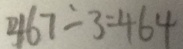
4 6 7 - 3 = 4 6 4